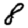
Digit: 8